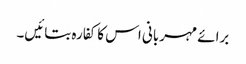
برائے مہربانی اس کا کفارہ بتائیں۔